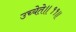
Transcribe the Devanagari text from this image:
उच्येते॥११॥